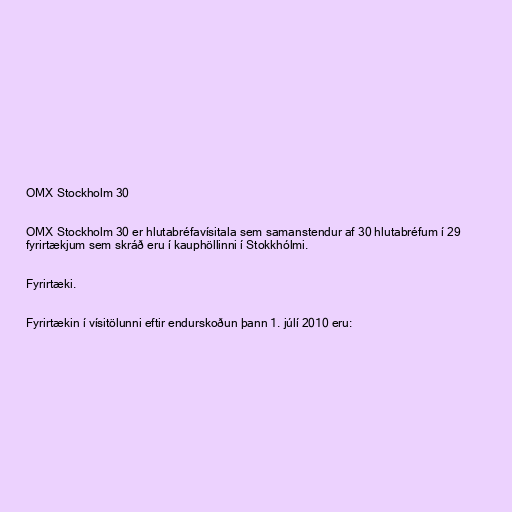
OMX Stockholm 30

OMX Stockholm 30 er hlutabréfavísitala sem samanstendur af 30 hlutabréfum í 29
fyrirtækjum sem skráð eru í kauphöllinni í Stokkhólmi.

Fyrirtæki.

Fyrirtækin í vísitölunni eftir endurskoðun þann 1. júlí 2010 eru: